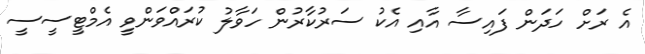
އެ ރަށް ހަދަން ފައިސާ އާއި އެކު ސަރުކާރުން ހަވާލު ކުރައްވަންވީ އެމްޓީސީސީ